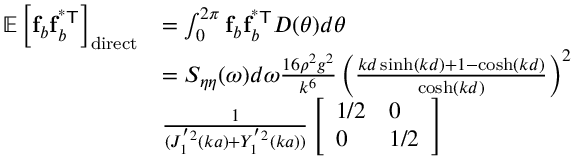
\begin{array} { r l } { \mathbb { E } \left[ \mathbf { f } _ { b } \mathbf { f } _ { b } ^ { \mathsf { ^ { * } T } } \right] _ { \mathrm { d i r e c t } } } & { = \int _ { 0 } ^ { 2 \pi } \mathbf { f } _ { b } \mathbf { f } _ { b } ^ { \mathsf { ^ { * } T } } D ( \theta ) d \theta } \\ & { = S _ { \eta \eta } ( \omega ) d \omega \frac { 1 6 \rho ^ { 2 } g ^ { 2 } } { k ^ { 6 } } \left( \frac { k d \sinh ( k d ) + 1 - \cosh ( k d ) } { \cosh ( k d ) } \right) ^ { 2 } } \\ & { \frac { 1 } { ( J _ { 1 } ^ { ' 2 } ( k a ) + Y _ { 1 } ^ { ' 2 } ( k a ) ) } \left[ \begin{array} { l l } { 1 / 2 } & { 0 } \\ { 0 } & { 1 / 2 } \end{array} \right] } \end{array}